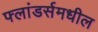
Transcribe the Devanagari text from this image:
फ्लांडर्समधील